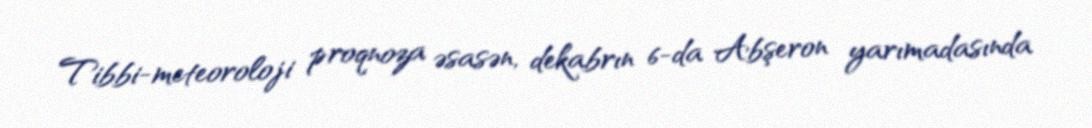
Tibbi-meteoroloji proqnoza əsasən, dekabrın 6-da Abşeron yarımadasında